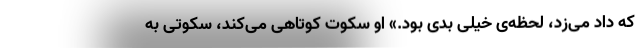
که داد می‌زد، لحظه‌ی خیلی بدی بود.» او سکوت کوتاهی می‌کند، سکوتی به